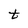
Character: t